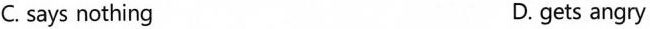
C. says nothing D. gets angry